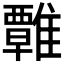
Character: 𩀽